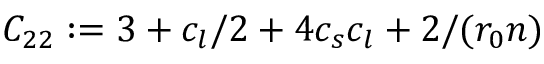
C _ { 2 2 } : = 3 + c _ { l } / 2 + 4 c _ { s } c _ { l } + 2 / ( r _ { 0 } n )